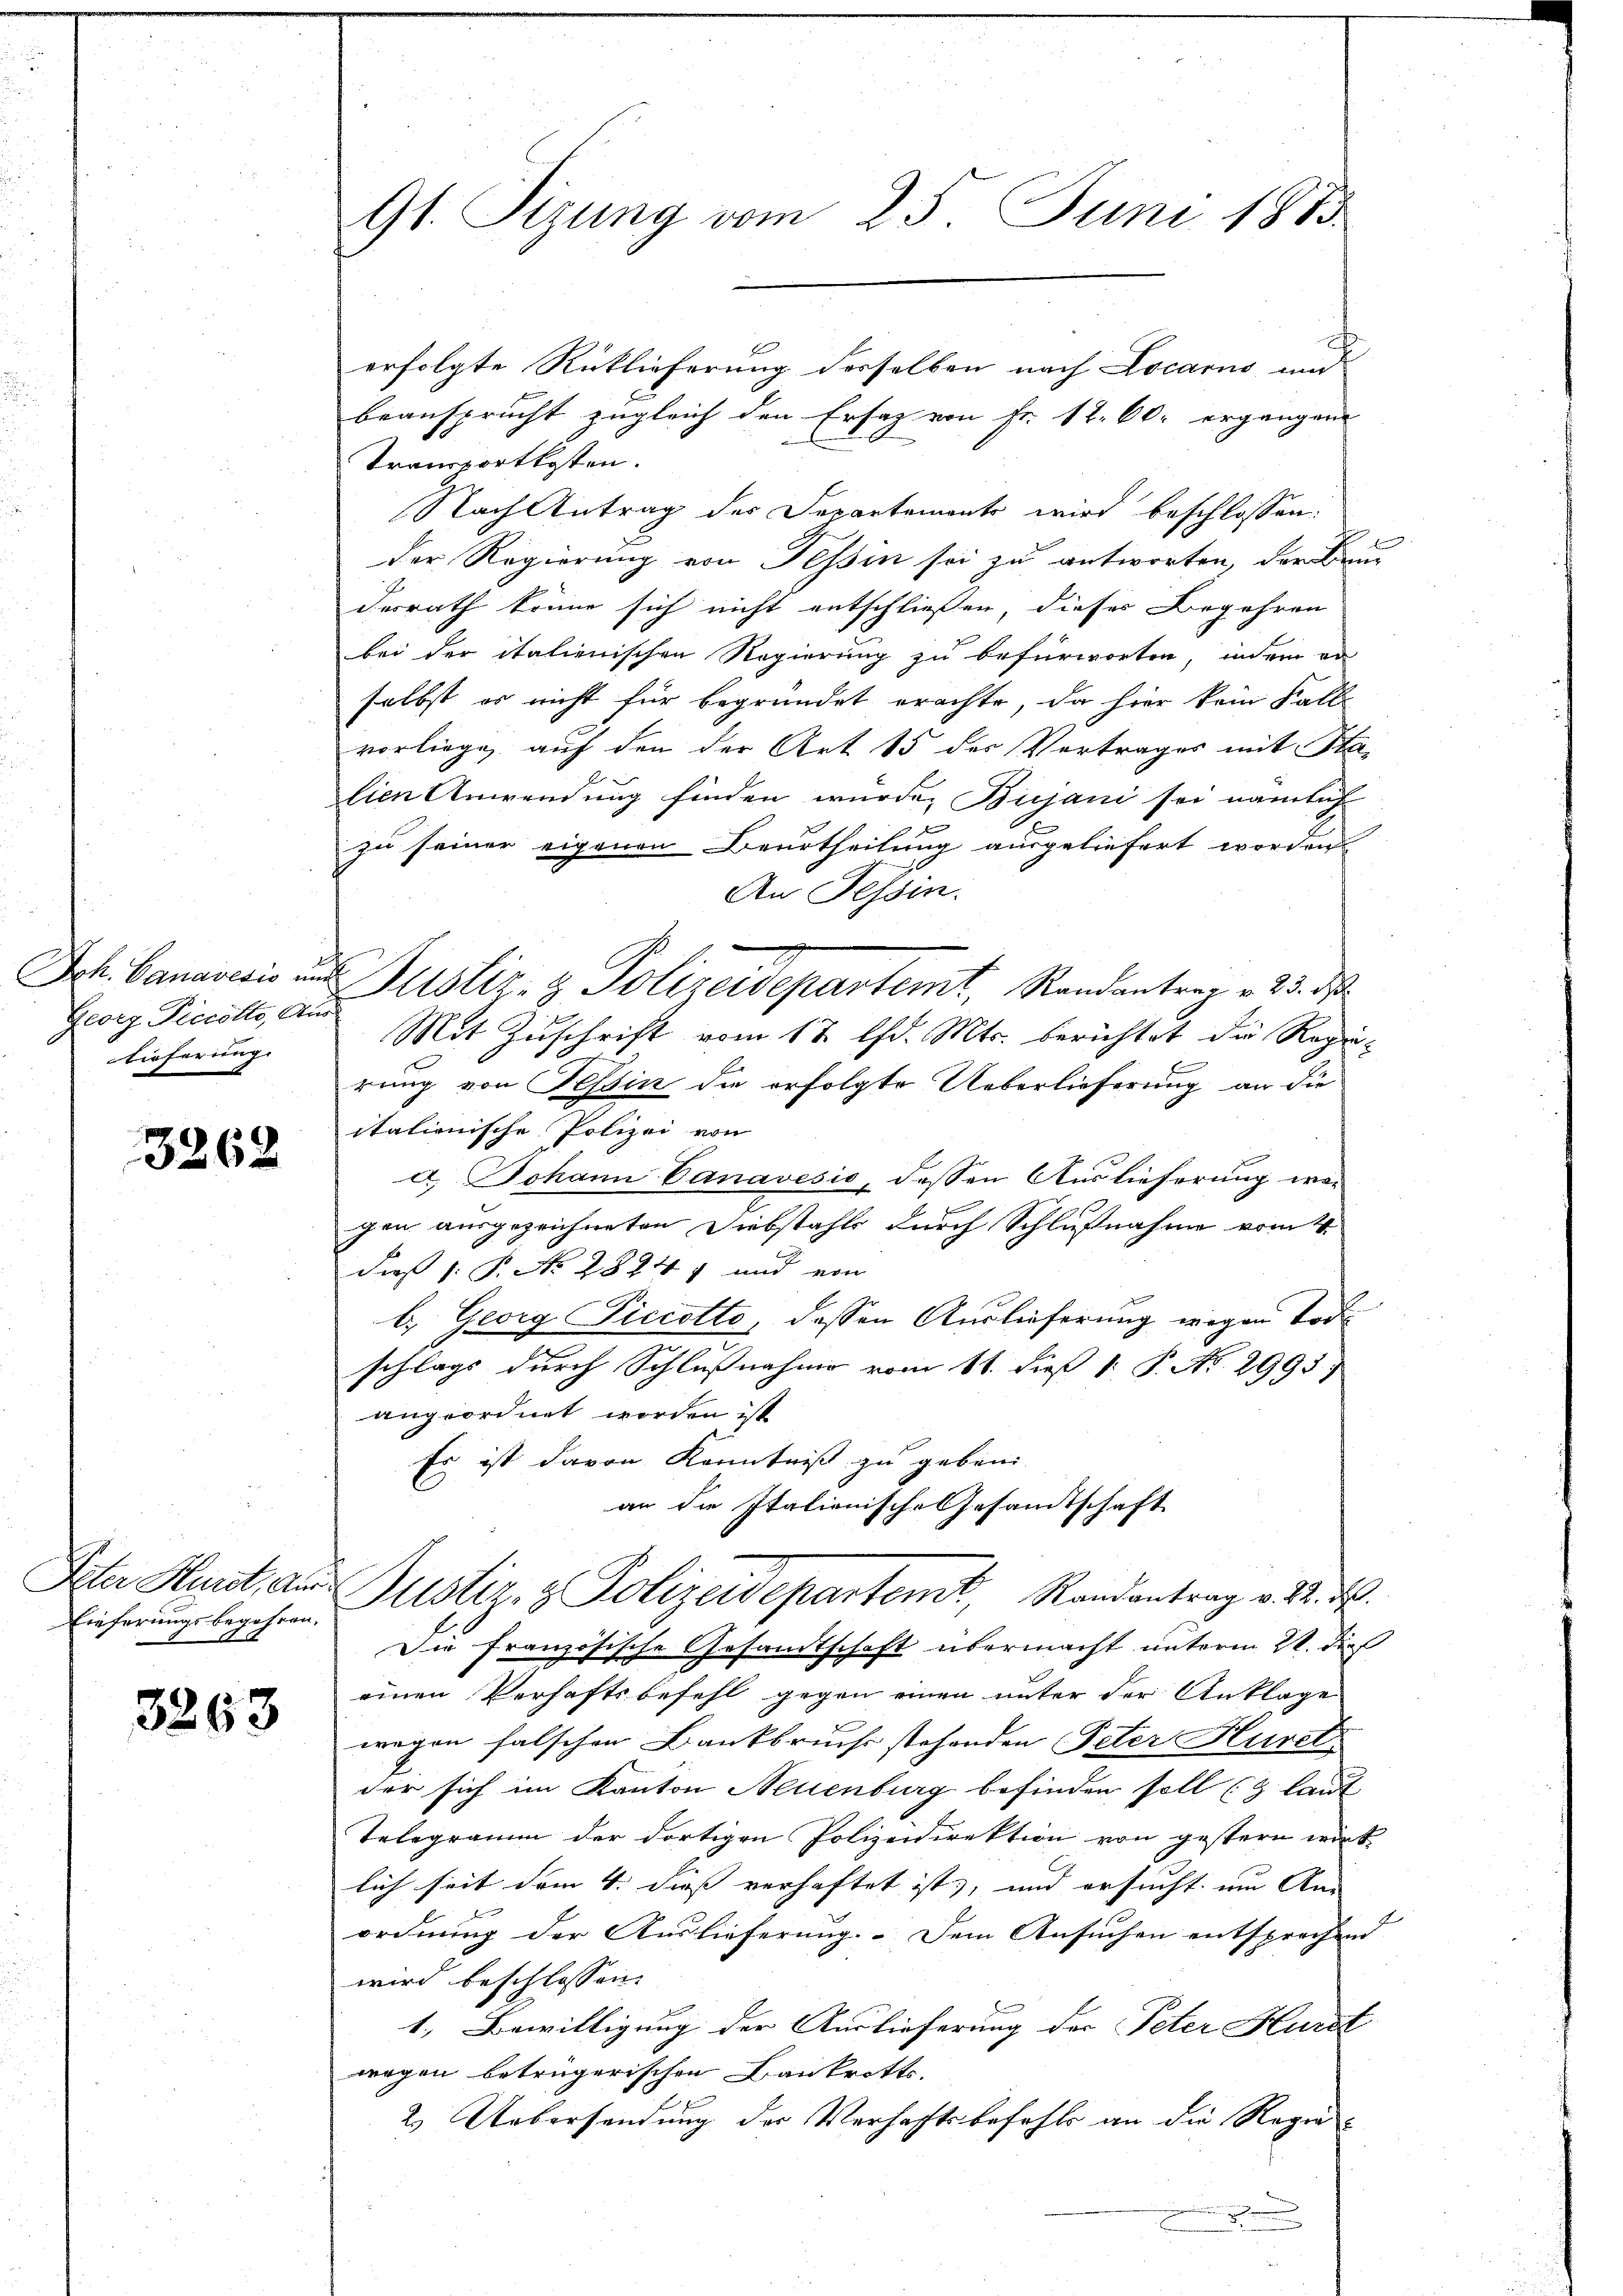
Georg Picölle, Aus
Lieferung

3262

Eieferungsbegehren.

3263

91. Sizung vom 25. Juni 1883

erfolgte Rüklieferung desselben nach Locarno und
beansprucht zugleich den Ersaz von Fr. 12. 60. ergangen |
Transportkosten.
Nach Antrag des Departements wird beschlossen:
Der Regierung von Tessin sei zu antworten, der Bru
desrath könne sich nicht entschließen, dieses Begehren
bei der italienischen Regierung zu befürworten, indem au
selbst er nicht für begründet erachte, da hier kein Falle
vorliege, auf den der Art 15 des Vertrages mit Stalien Anwendung finden wurde, Bijani sei nämlich
zu seiner eigenen Beurtheilung ausgeliefert worden
An Tessin.
Mit Zuschrift vom 18. d. Mts. berichtet die Repu-
rung von Tessin die erfolgte Ueberlieferung an die
itationische Polizei von
a. Johann Canavesis, dessen Auslieferung wogen ausgezeichneten Diebstahls durch Schlußnahme vom 4.
Fie 1. P. No 28247 und von
l. Georg Piccotto, dessen Auslieferung wegen Tort
schlags durch Schlußnahme vom 11. dieß 1. P. No. 2995)
angeordnet worden ist
Es ist davon Kenntniß zu geben
an die Italienische Gesamtschaft
Peter Haut, aus Justiz- & Polizeidepartemt, Randantrag v. 2. d.
Die französische Gesandtschaft übermacht unterm 21. die
einen Verhaftsbefehl gegen einen unter der Anklage
wegen falschen Bankbruchs stehenden Peter Huret
der sich im Kanton Neuenburg befinden soll (z laut
Telegramm der dortigen Polizeidirektion von gestern wirk
lich seit dem 4. diess verhaftet ist, und ersucht um An
ordnung der Auslieferung. Dem Ansuchen entsprechend |
wird beschlossen:
1. Bewilligung der Auslieferung der Peter Hurt
wegen betrügerischen Bankrotts-
2. Uebersendung der Verhaftsbefehls an die Regie¬

n

Ich. Bannowie und Zustiz- & Polizeidepartemt, Randantrag v. 23. d.